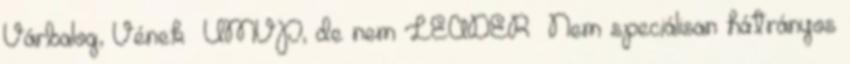
Várbalog, Vének ▪ÚMVP, de nem LEADER ▪Nem speciálisan hátrányos